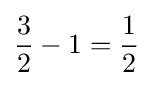
{\frac {3}{2}}-1={\frac {1}{2}}